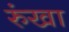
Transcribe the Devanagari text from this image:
रुंखा